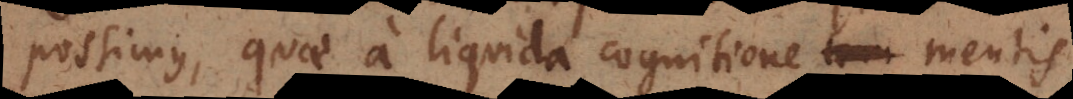
possimus, quae a liquida cognitione mentis